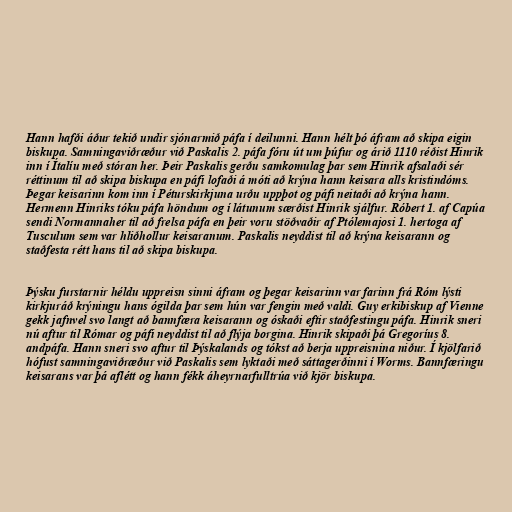
Hann hafði áður tekið undir sjónarmið páfa í deilunni. Hann hélt þó áfram að skipa eigin
biskupa. Samningaviðræður við Paskalis 2. páfa fóru út um þúfur og árið 1110 réðist Hinrik
inn í Ítalíu með stóran her. Þeir Paskalis gerðu samkomulag þar sem Hinrik afsalaði sér
réttinum til að skipa biskupa en páfi lofaði á móti að krýna hann keisara alls kristindóms.
Þegar keisarinn kom inn í Péturskirkjuna urðu uppþot og páfi neitaði að krýna hann.
Hermenn Hinriks tóku páfa höndum og í látunum særðist Hinrik sjálfur. Róbert 1. af Capúa
sendi Normannaher til að frelsa páfa en þeir voru stöðvaðir af Ptólemajosi 1. hertoga af
Tusculum sem var hliðhollur keisaranum. Paskalis neyddist til að krýna keisarann og
staðfesta rétt hans til að skipa biskupa.

Þýsku furstarnir héldu uppreisn sinni áfram og þegar keisarinn var farinn frá Róm lýsti
kirkjuráð krýningu hans ógilda þar sem hún var fengin með valdi. Guy erkibiskup af Vienne
gekk jafnvel svo langt að bannfæra keisarann og óskaði eftir staðfestingu páfa. Hinrik sneri
nú aftur til Rómar og páfi neyddist til að flýja borgina. Hinrik skipaði þá Gregoríus 8.
andpáfa. Hann sneri svo aftur til Þýskalands og tókst að berja uppreisnina niður. Í kjölfarið
hófust samningaviðræður við Paskalis sem lyktaði með sáttagerðinni í Worms. Bannfæringu
keisarans var þá aflétt og hann fékk áheyrnarfulltrúa við kjör biskupa.